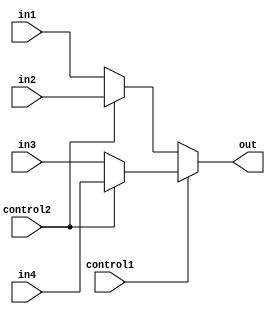
module Mux4_2(out, control1, control2, in1, in2, in3, in4);
  input control1, control2, in1, in2, in3, in4;
  output out;
  assign out = control1 ? (control2 ? in4 : in3) : (control2 ? in2 : in1);
endmodule